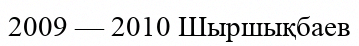
2009 — 2010 Шыршықбаев